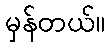
မှန်တယ်။